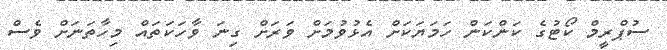
ސުޕްރީމް ކޯޓުގެ ކަންކަން ހަމަޔަކަށް އެޅުވުމަށް ވަރަށް ގިނަ ވާހަކަތައް މިހާތަނަށް ވެސް